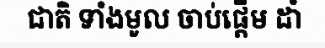
ជាតិ ទាំងមូល ចាប់ផ្តើម ដាំ